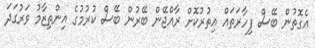
އެގޮތުން ބޭސް ފިހާރަތައް އިތުރުކޮށް ރާއްޖޭން ބޭރުން ބޭސް ކުރުމުގެ އިންތިޒާމު ވަރުގަދަ